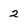
Character: 2